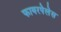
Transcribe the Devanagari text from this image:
फायरपेलेस